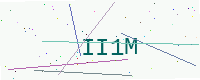
Text: II1M